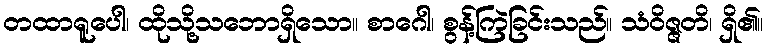
တထာရူပေါ၊ ထိုသို့သဘောရှိသော။ စာဂေါ၊ စွန့်ကြဲခြင်းသည်။ သံဝိဇ္ဇတိ၊ ရှိ၏။